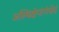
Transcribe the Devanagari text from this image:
अस्थिक्षेपांगंचेदं